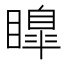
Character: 𭿟